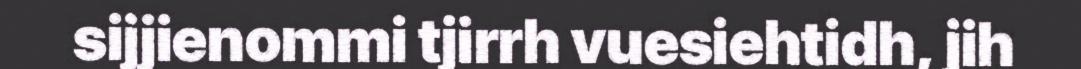
sijjienommi tjirrh vuesiehtidh, jih